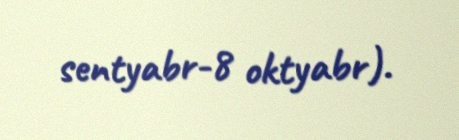
sentyabr-8 oktyabr).